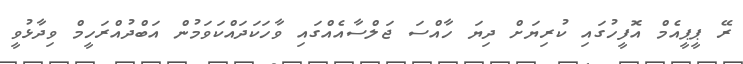
ރޭ ޕީޕީއެމް އޮފީހުގައި ކުރިޔަށް ދިޔަ ހާއްސަ ޖަލްސާއެއްގައި ވާހަކަދައްކަވަމުން އަބްދުއްރަހީމް ވިދާޅުވީ